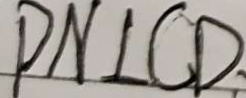
P N \bot C D